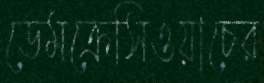
ডেমক্রেসিওয়াচের